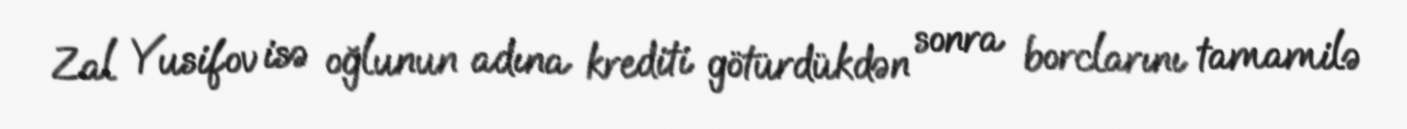
Zal Yusifov isə oğlunun adına krediti götürdükdən sonra borclarını tamamilə